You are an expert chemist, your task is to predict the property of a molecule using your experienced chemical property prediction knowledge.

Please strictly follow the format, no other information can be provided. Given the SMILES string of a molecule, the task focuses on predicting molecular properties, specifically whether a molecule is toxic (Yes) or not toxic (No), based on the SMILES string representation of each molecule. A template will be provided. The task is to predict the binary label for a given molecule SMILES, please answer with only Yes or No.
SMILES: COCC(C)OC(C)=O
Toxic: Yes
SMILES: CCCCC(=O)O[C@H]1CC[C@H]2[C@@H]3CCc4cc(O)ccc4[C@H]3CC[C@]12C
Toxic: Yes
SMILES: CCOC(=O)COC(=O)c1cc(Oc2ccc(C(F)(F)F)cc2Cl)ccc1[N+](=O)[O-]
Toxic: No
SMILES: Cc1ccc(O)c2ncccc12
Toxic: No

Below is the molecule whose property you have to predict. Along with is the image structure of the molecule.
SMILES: CCOCC(O)COc1ccc(NC(=O)CC[S+](C)C)cc1
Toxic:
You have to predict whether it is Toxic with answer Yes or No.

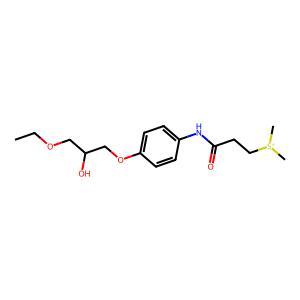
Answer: No